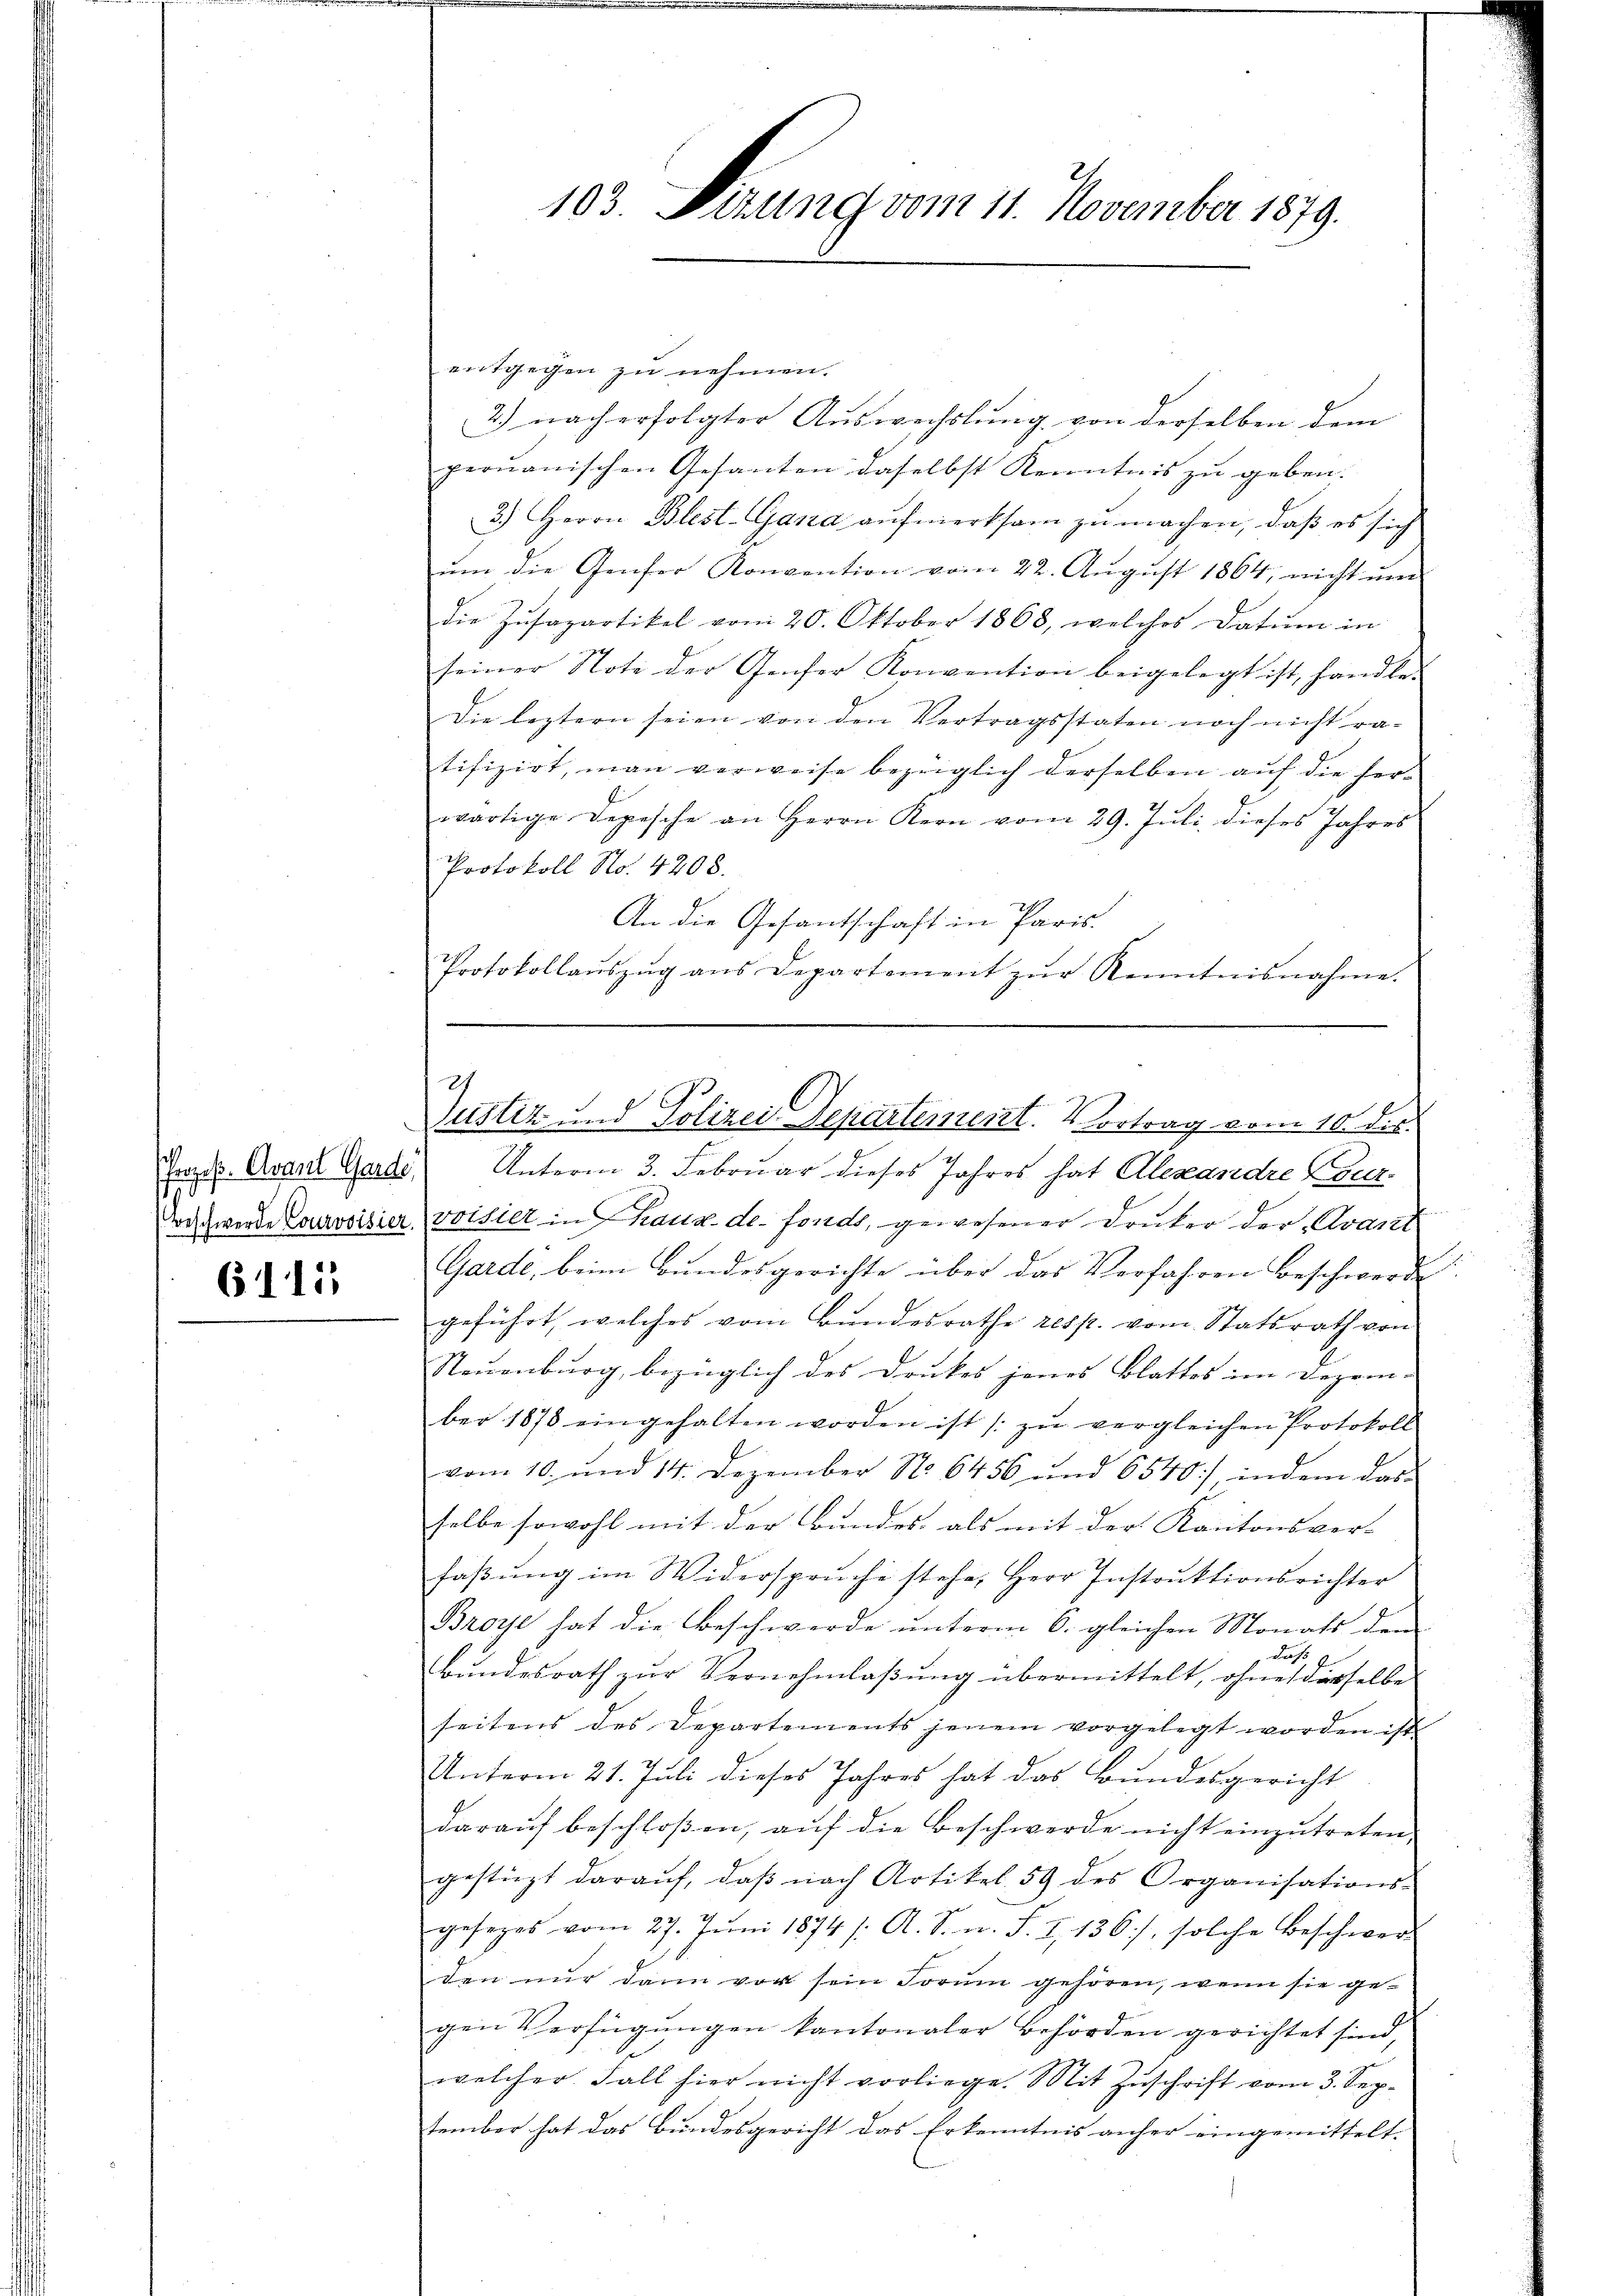
(Prozeß. Avant Garde,

6111

entgegen zu nehmen.
2) nach erfolgter Auswechslung von derselben dem
peruanischen Gesanten daselbst Kenntnis zu geben.
3.) Herrn Blest-Gana aufmerksam zu machen, daß es sich
ŭm die Genfer Konvention vom 22. Aŭgŭst 1864 nicht ŭm
die Zŭsapartikel vom 20. Oktober 1868, welches Datum in
seiner Noti der Genfer Konvention beigelegt ist, handler
Die leztern seien von den Vertragsstaten noch nicht ratifizirt, man verweise bezüglich derselben aŭf die her-
wärtige Depesche an Herrn Kern vom 29. Jŭli dieses Jahres
Protokoll No. 4208.
An die Gesantschaft in Paris
Protokollaŭszŭg ans Departement zŭr Kenntnisnahme.

103. Serung vom 11. November 1879.

Justiz und Polizei Departement. Vortrag vom 10. ds.

Unterm 3. Februar dieses Jahres hat Alexandre Canz¬
Teschwerde Lazarisier voisier in Chaux de fonds, gewesener Druker der Avant
Garde, beim Bundesgerichte über das Verfahren beschwerden.
geführt, welches vom Bundesrathe resp. vom Statsrath von
Steuenburg, bezüglich des Druckes jenes Blattes im Dezem-
ber 1878 eingehalten worden ist /: zŭ vergleichen Protokoll
vom 10. und 14. Dezember No 6456 und 6540, indem das
selbe sowohl mit der Bundes- als mit der Kantonsver- |
faßung im Widerspruche stehe, Herr Instruktionsrichter
Broye hat die Beschwerde unterm 6. gleichen Monats den
das
Bundesrath zur Vernehmlassung übermittelt, ohne dasselbe
seitens des Departements jenem vorgelegt worden ist
Unterm 21. Juli dieses Jahres hat das Bundesgericht
darauf beschloßen, auf die Beschwerde nicht einzutreten.
gestüzt daraŭf, daβ nach Artikel 59 des Organisations-
gesezes vom 27. Jŭni 1874 /: A. S. n. F. I 136), solche Beschwer
den nur dann vor sein Forŭm gehören, wenn sie gegen Verfügungen kantonaler Behörden gerichtet sind,
welcher Fall hier nicht vorliege. Mit Zŭschrift vom 3. September hat das Bundesgericht das Erkenntnis anher eingemittelt.